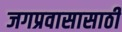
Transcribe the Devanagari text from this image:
जगप्रवासासाठी